Vaccination in Burma 1900-1911 - 1900-1911
Year: 1900
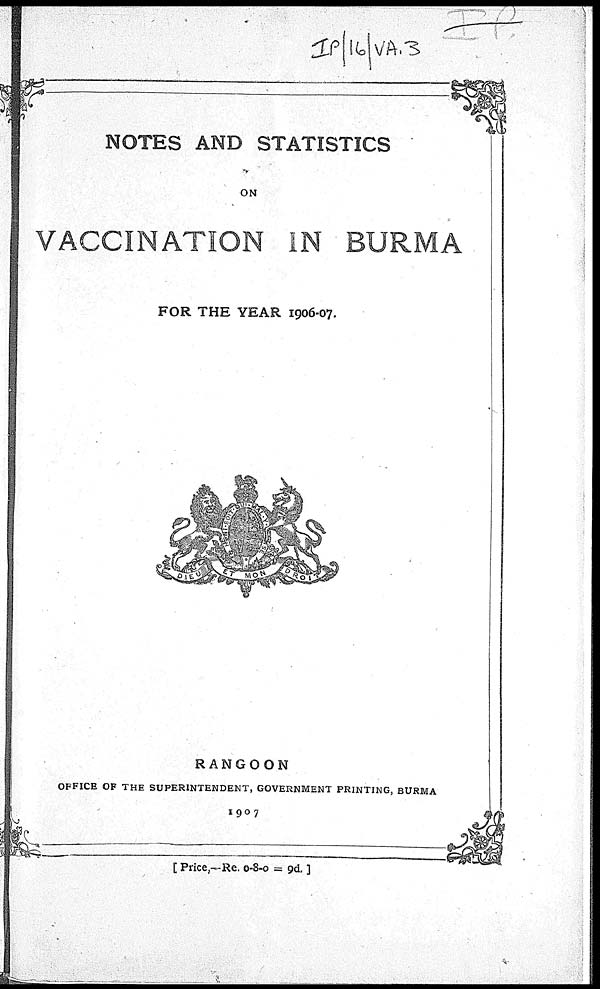
NOTES AND STATISTICS
ON
VACCINATION IN BURMA
FOR THE YEAR 1906-07.
RANGOON
OFFICE OF THE SUPERINTENDENT, GOVERNMENT PRINTING, BURMA
1907
[Price,—Re. 0-8-0 = 9d. ]